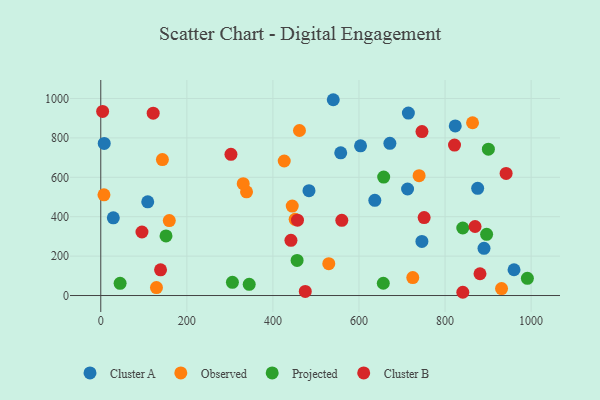
{"axis": {"x": "Experience", "y": "Exam Score"}, "legend": ["Cluster A", "Cluster B", "Observed", "Projected"], "data": [{"x": "483.8", "y": 532.1, "type": "Cluster A"}, {"x": "823.7", "y": 860.8, "type": "Cluster A"}, {"x": "603.6", "y": 759.6, "type": "Cluster A"}, {"x": "671.8", "y": 772.2, "type": "Cluster A"}, {"x": "29.1", "y": 394.3, "type": "Cluster A"}, {"x": "557.6", "y": 724.2, "type": "Cluster A"}, {"x": "636.8", "y": 483.4, "type": "Cluster A"}, {"x": "540.2", "y": 993.7, "type": "Cluster A"}, {"x": "746.2", "y": 274.5, "type": "Cluster A"}, {"x": "875.8", "y": 544.1, "type": "Cluster A"}, {"x": "890.5", "y": 239.8, "type": "Cluster A"}, {"x": "714.8", "y": 926.0, "type": "Cluster A"}, {"x": "712.9", "y": 540.5, "type": "Cluster A"}, {"x": "960.3", "y": 130.8, "type": "Cluster A"}, {"x": "109.1", "y": 475.6, "type": "Cluster A"}, {"x": "8.0", "y": 771.9, "type": "Cluster A"}, {"x": "529.8", "y": 161.8, "type": "Observed"}, {"x": "863.9", "y": 876.9, "type": "Observed"}, {"x": "159.2", "y": 380.3, "type": "Observed"}, {"x": "451.7", "y": 386.9, "type": "Observed"}, {"x": "7.4", "y": 510.9, "type": "Observed"}, {"x": "725.0", "y": 91.2, "type": "Observed"}, {"x": "338.7", "y": 526.4, "type": "Observed"}, {"x": "331.0", "y": 567.9, "type": "Observed"}, {"x": "739.7", "y": 608.0, "type": "Observed"}, {"x": "931.3", "y": 35.5, "type": "Observed"}, {"x": "129.4", "y": 40.1, "type": "Observed"}, {"x": "426.3", "y": 682.7, "type": "Observed"}, {"x": "444.9", "y": 453.9, "type": "Observed"}, {"x": "143.2", "y": 689.8, "type": "Observed"}, {"x": "461.7", "y": 837.6, "type": "Observed"}, {"x": "305.9", "y": 67.1, "type": "Projected"}, {"x": "657.4", "y": 600.9, "type": "Projected"}, {"x": "44.9", "y": 61.9, "type": "Projected"}, {"x": "841.2", "y": 342.6, "type": "Projected"}, {"x": "896.6", "y": 310.6, "type": "Projected"}, {"x": "344.9", "y": 56.7, "type": "Projected"}, {"x": "656.5", "y": 62.3, "type": "Projected"}, {"x": "900.7", "y": 742.6, "type": "Projected"}, {"x": "456.2", "y": 178.2, "type": "Projected"}, {"x": "991.3", "y": 87.4, "type": "Projected"}, {"x": "151.6", "y": 302.7, "type": "Projected"}, {"x": "822.0", "y": 763.5, "type": "Cluster B"}, {"x": "121.8", "y": 925.6, "type": "Cluster B"}, {"x": "881.2", "y": 110.5, "type": "Cluster B"}, {"x": "560.1", "y": 381.7, "type": "Cluster B"}, {"x": "746.4", "y": 832.3, "type": "Cluster B"}, {"x": "95.7", "y": 322.4, "type": "Cluster B"}, {"x": "941.9", "y": 619.7, "type": "Cluster B"}, {"x": "138.9", "y": 130.3, "type": "Cluster B"}, {"x": "4.3", "y": 934.2, "type": "Cluster B"}, {"x": "441.9", "y": 280.1, "type": "Cluster B"}, {"x": "869.7", "y": 350.4, "type": "Cluster B"}, {"x": "751.4", "y": 395.4, "type": "Cluster B"}, {"x": "302.5", "y": 716.6, "type": "Cluster B"}, {"x": "475.2", "y": 20.6, "type": "Cluster B"}, {"x": "841.3", "y": 16.5, "type": "Cluster B"}, {"x": "457.1", "y": 382.3, "type": "Cluster B"}]}